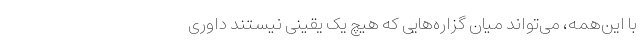
با این‌همه، می‌تواند میان گزاره‌هایی که هیچ یک یقینی نیستند داوری